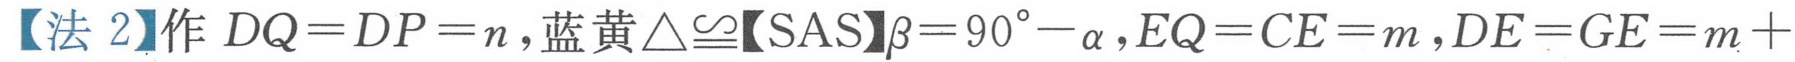
【法 2】作 \(DQ = DP=n\)，蓝黄\(\triangle\cong\)【SAS】\(\beta = 90^{\circ}-\alpha\)，\(EQ = CE = m\)，\(DE = GE=m +\)